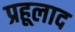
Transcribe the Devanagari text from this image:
प्रहूलाद